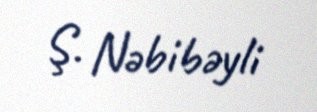
Ş. Nəbibəyli